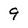
Character: 9